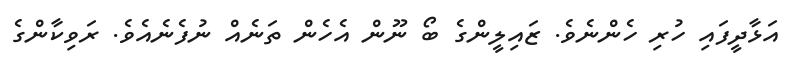
އަޅާދީފައި ހުރި ހެންނެވެ. ޒައިލީންގެ ބޯ ނޫން އެހެން ތަނެއް ނުފެނެއެވެ. ރަވިކާންގެ